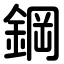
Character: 鋼